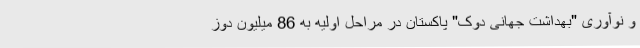
و نوآوری "بهداشت جهانی دوک" پاکستان در مراحل اولیه به 86 میلیون دوز